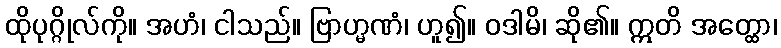
ထိုပုဂ္ဂိုလ်ကို။ အဟံ၊ ငါသည်။ ဗြာဟ္မဏံ၊ ဟူ၍။ ဝဒါမိ၊ ဆို၏။ ဣတိ အတ္ထော၊